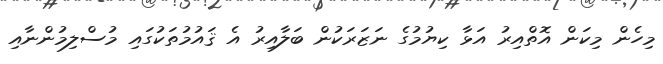
މިހެން މިކަން އޮތްއިރު އަޅާ ކިޔުމުގެ ނަޒަރަކުން ބަލާއިރު އެ ޤައުމުތަކުގައި މުސްލިމުންނާއި